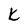
Character: K